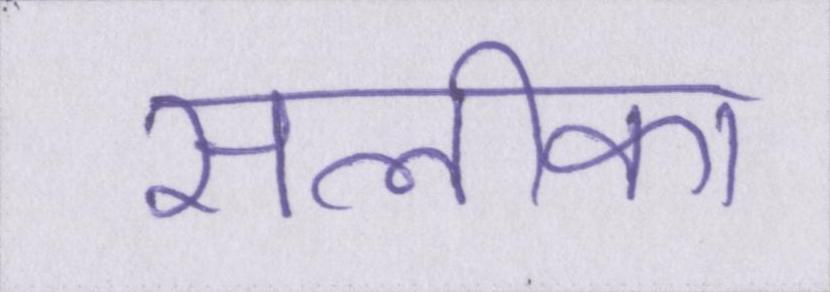
सलीका